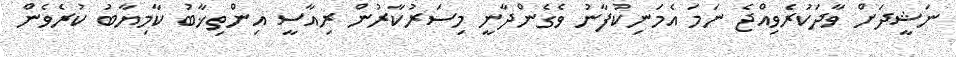
ނަޝީދަށް ވާދަކުރެވިއްޖެ ނަމަ އެމަނިކުފާނު ވެގެންދާނީ މިސަރުކާރުން ރިއާސީ އިންތިޚާބު ކާމިޔާބު ކުރެވެން